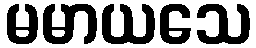
မမာယသေ